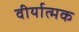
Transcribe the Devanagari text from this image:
वीर्यात्मक